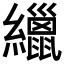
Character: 𦆻